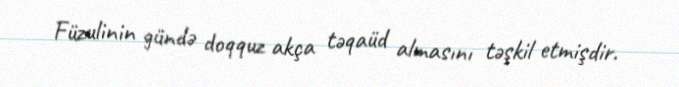
Füzulinin gündə doqquz akça təqaüd almasını təşkil etmişdir.